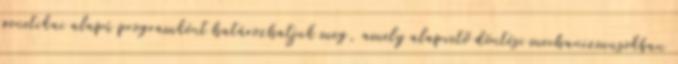
genetikai alapú programként határozhatjuk meg, amely alapvető döntési mechanizmusokban